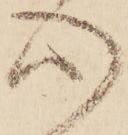
心